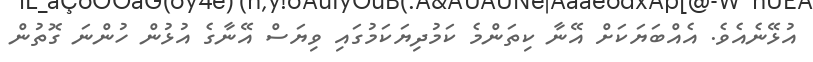
އުޅޭނެއެވެ. އެއްބަޔަކަށް އޭނާ ކިތަންމެ ކަމުދިޔަކަމުގައި ވިޔަސް އޭނާގެ އުޅުން ހުންނަ ގޮތުން